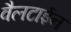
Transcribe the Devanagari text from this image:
वैलटाईन